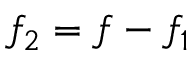
f _ { 2 } = f - f _ { 1 }